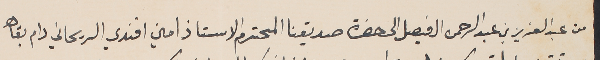
من عبد العزيز بن عبد الرحمن الفيصل الى حضرة صديقنا المحترم الاستاذ امين افندي الريحاني دام بقاه